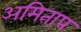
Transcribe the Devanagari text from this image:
अमिताप